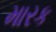
મારક